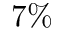
7 \%